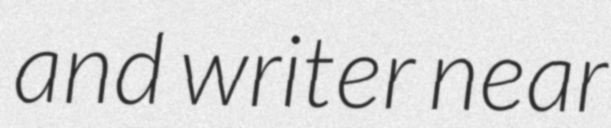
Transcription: and writer near